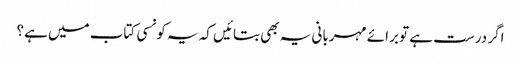
اگر درست ہے تو برائے مہربانی یہ بھی بتائیں کہ یہ کونسی کتاب میں ہے؟